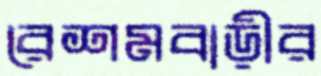
রেশমবাড়ীর